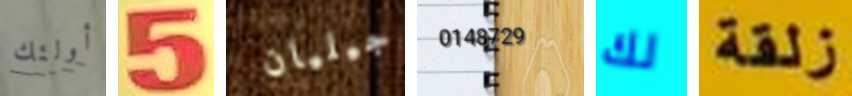
أولئك 5 جيليان 0148729 لك زلقة